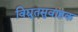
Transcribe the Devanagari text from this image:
विद्युतसुवाहक